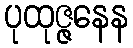
ပုထုဇ္ဇနေန